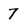
Character: 7